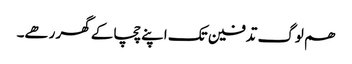
ھم لوگ تدفین تک اپنے چچا کے گھر رھے۔